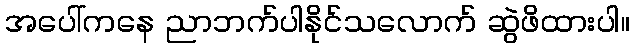
အပေါ်ကနေ ညာဘက်ပါနိုင်သလောက် ဆွဲဖိထားပါ။